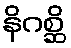
နိဂစ္ဆိ